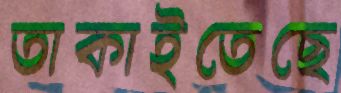
তাকাইতেছে